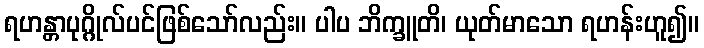
ရဟန္တာပုဂ္ဂိုလ်ပင်ဖြစ်သော်လည်း။ ပါပ ဘိက္ခူတိ၊ ယုတ်မာသော ရဟန်းဟူ၍။